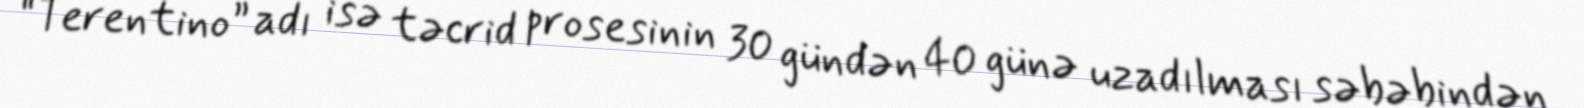
“Terentino” adı isə təcrid prosesinin 30 gündən 40 günə uzadılması səbəbindən